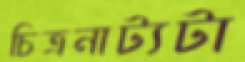
চিত্রনাট্যটা